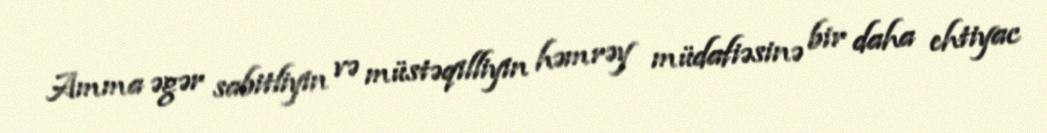
Amma əgər sabitliyin və müstəqilliyin həmrəy müdafiəsinə bir daha ehtiyac